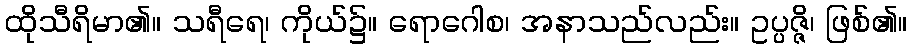
ထိုသီရိမာ၏။ သရီရေ၊ ကိုယ်၌။ ရောဂေါစ၊ အနာသည်လည်း။ ဥပ္ပဇ္ဇိ၊ ဖြစ်၏။